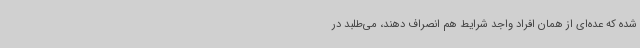
شده که عده‌ای از همان افراد واجد شرایط هم انصراف دهند، می‌طلبد در